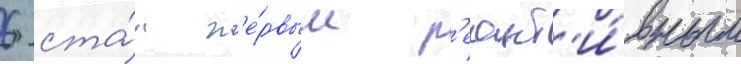
6 ста́л п'е́рвым р'еакт'и́вным